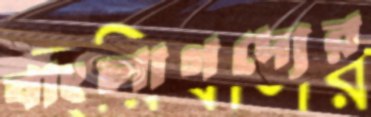
বাংলাগদ্যের